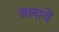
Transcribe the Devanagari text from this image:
जलायें